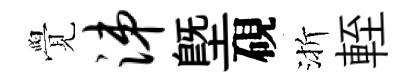
覺涕塈硯渐輊